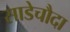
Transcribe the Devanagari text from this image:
साडेचौदा